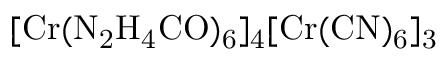
\mathrm { [ C r ( N _ { 2 } H _ { 4 } C O ) _ { 6 } ] _ { 4 } [ C r ( C N ) _ { 6 } ] _ { 3 } }